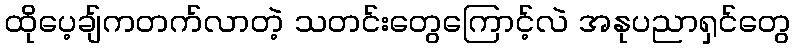
ထိုပေ့ချ်ကတက်လာတဲ့ သတင်းတွေကြောင့်လဲ အနုပညာရှင်တွေ